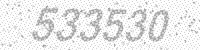
Solution: 533530